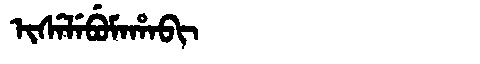
Manchu: ᡳᠰᡝᠯᡝᠪᡠᠮᠠᡥᠠᠪᡳ
Romanization: ISELEBUMAHABI